Leaving Certificate, 1898
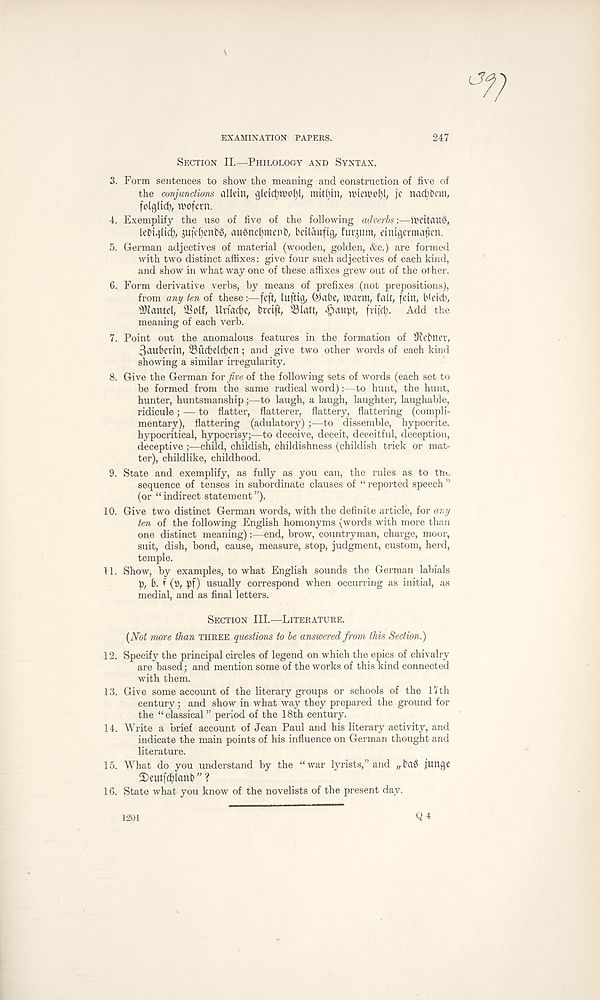
EXAMINATION PAPERS.
247
Section II.—Philology and Syntax.
3. Form sentences to show the meaning and construction of five of
the conjunctions aliein, gldct?n>of)l, mitfyin, wiewci)!, je nacfybem,
folg(td), wofern.
4. Exemplify the use of five of the following adverbs:—VlU’itausS,
lebtglic^, ju(ef)enbg, au^ne^menb, betlauftg, furjum, eiutgerma^en.
5. German adjectives of material (wooden, golden, &c.) are formed
with two distinct affixes: give four such adjectives of each kind,
and show in what way one of these affixes grew out of the other.
6. Form derivative verbs, by means of prefixes (not prepositions),
from any ten of these:—feft, tuftig, Qiabe, warm, fait, fdn, bidet),
s Diantd, SSolf, Utfadje, breift, 33latt, *§aupt, frifd;. Add the,
meaning of each verb.
7. Point out the anomalous features in the formation of Siebner,
3auberin, 33ud)el(f)en; and give two other words of each kind
showing a similar irregularity.
8. Give the German for five of the following sets of words (each set to
be formed from the same radical word):—to hunt, the hunt,
hunter, huntsmanship—to laugh, a laugh, laughter, laughable,
ridicule; — to flatter, flatterer, flattery, flattering (compli-
mentary), flattering (adulatory);—to dissemble, hypocrite,
hypocritical, hypocrisy;—to deceive, deceit, deceitful, deception,
deceptive child, childish, childishness (childish trick or mat-
ter), childlike, childhood.
9. State and exemplify, as fully as you can, the rules as to tin,
sequence of tenses in subordinate clauses of “ reported speech ”
(or “indirect statement”).
10. Give two distinct German words, with the definite article, for any
ten of the following English homonyms (words with more than
one distinct meaning):—end, brow, countryman, charge, moor,
suit, dish, bond, cause, measure, stop, judgment, custom, herd,
temple.
11. Show, by examples, to what English sounds the German labials
p, b. f (tt, pf) usually correspond when occurring as initial, as
medial, and as final letters.
Section III.—Literature.
{Not more than three questions to be answered from this Section.)
12. Specify the principal circles of legend on which the epics of chivalry
are based; and mention some of the works of this kind connected
with them.
13. Give some account of the literary groups or schools of the 17 th
century ; and show in what way they prepared the ground for
the “classical ” period of the 18th century.
14. Write a brief account of Jean Paul and his literary activity, and
indicate the main points of his influence on German thought and
literature.
15. What do you understand by the “war lyrists,” and „ba$ junge
£)eutfd)lanb ” ?
16. State what you know of the novelists of the present day.
1201
Q4